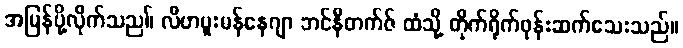
အမြန်ပို့လိုက်သည။် လီဗာပူးမန်နေဂျာ ဘင်နီတက်ဇ် ထံသို့ တိုက်ရိုက်ဖုန်းဆက်သေးသည်။